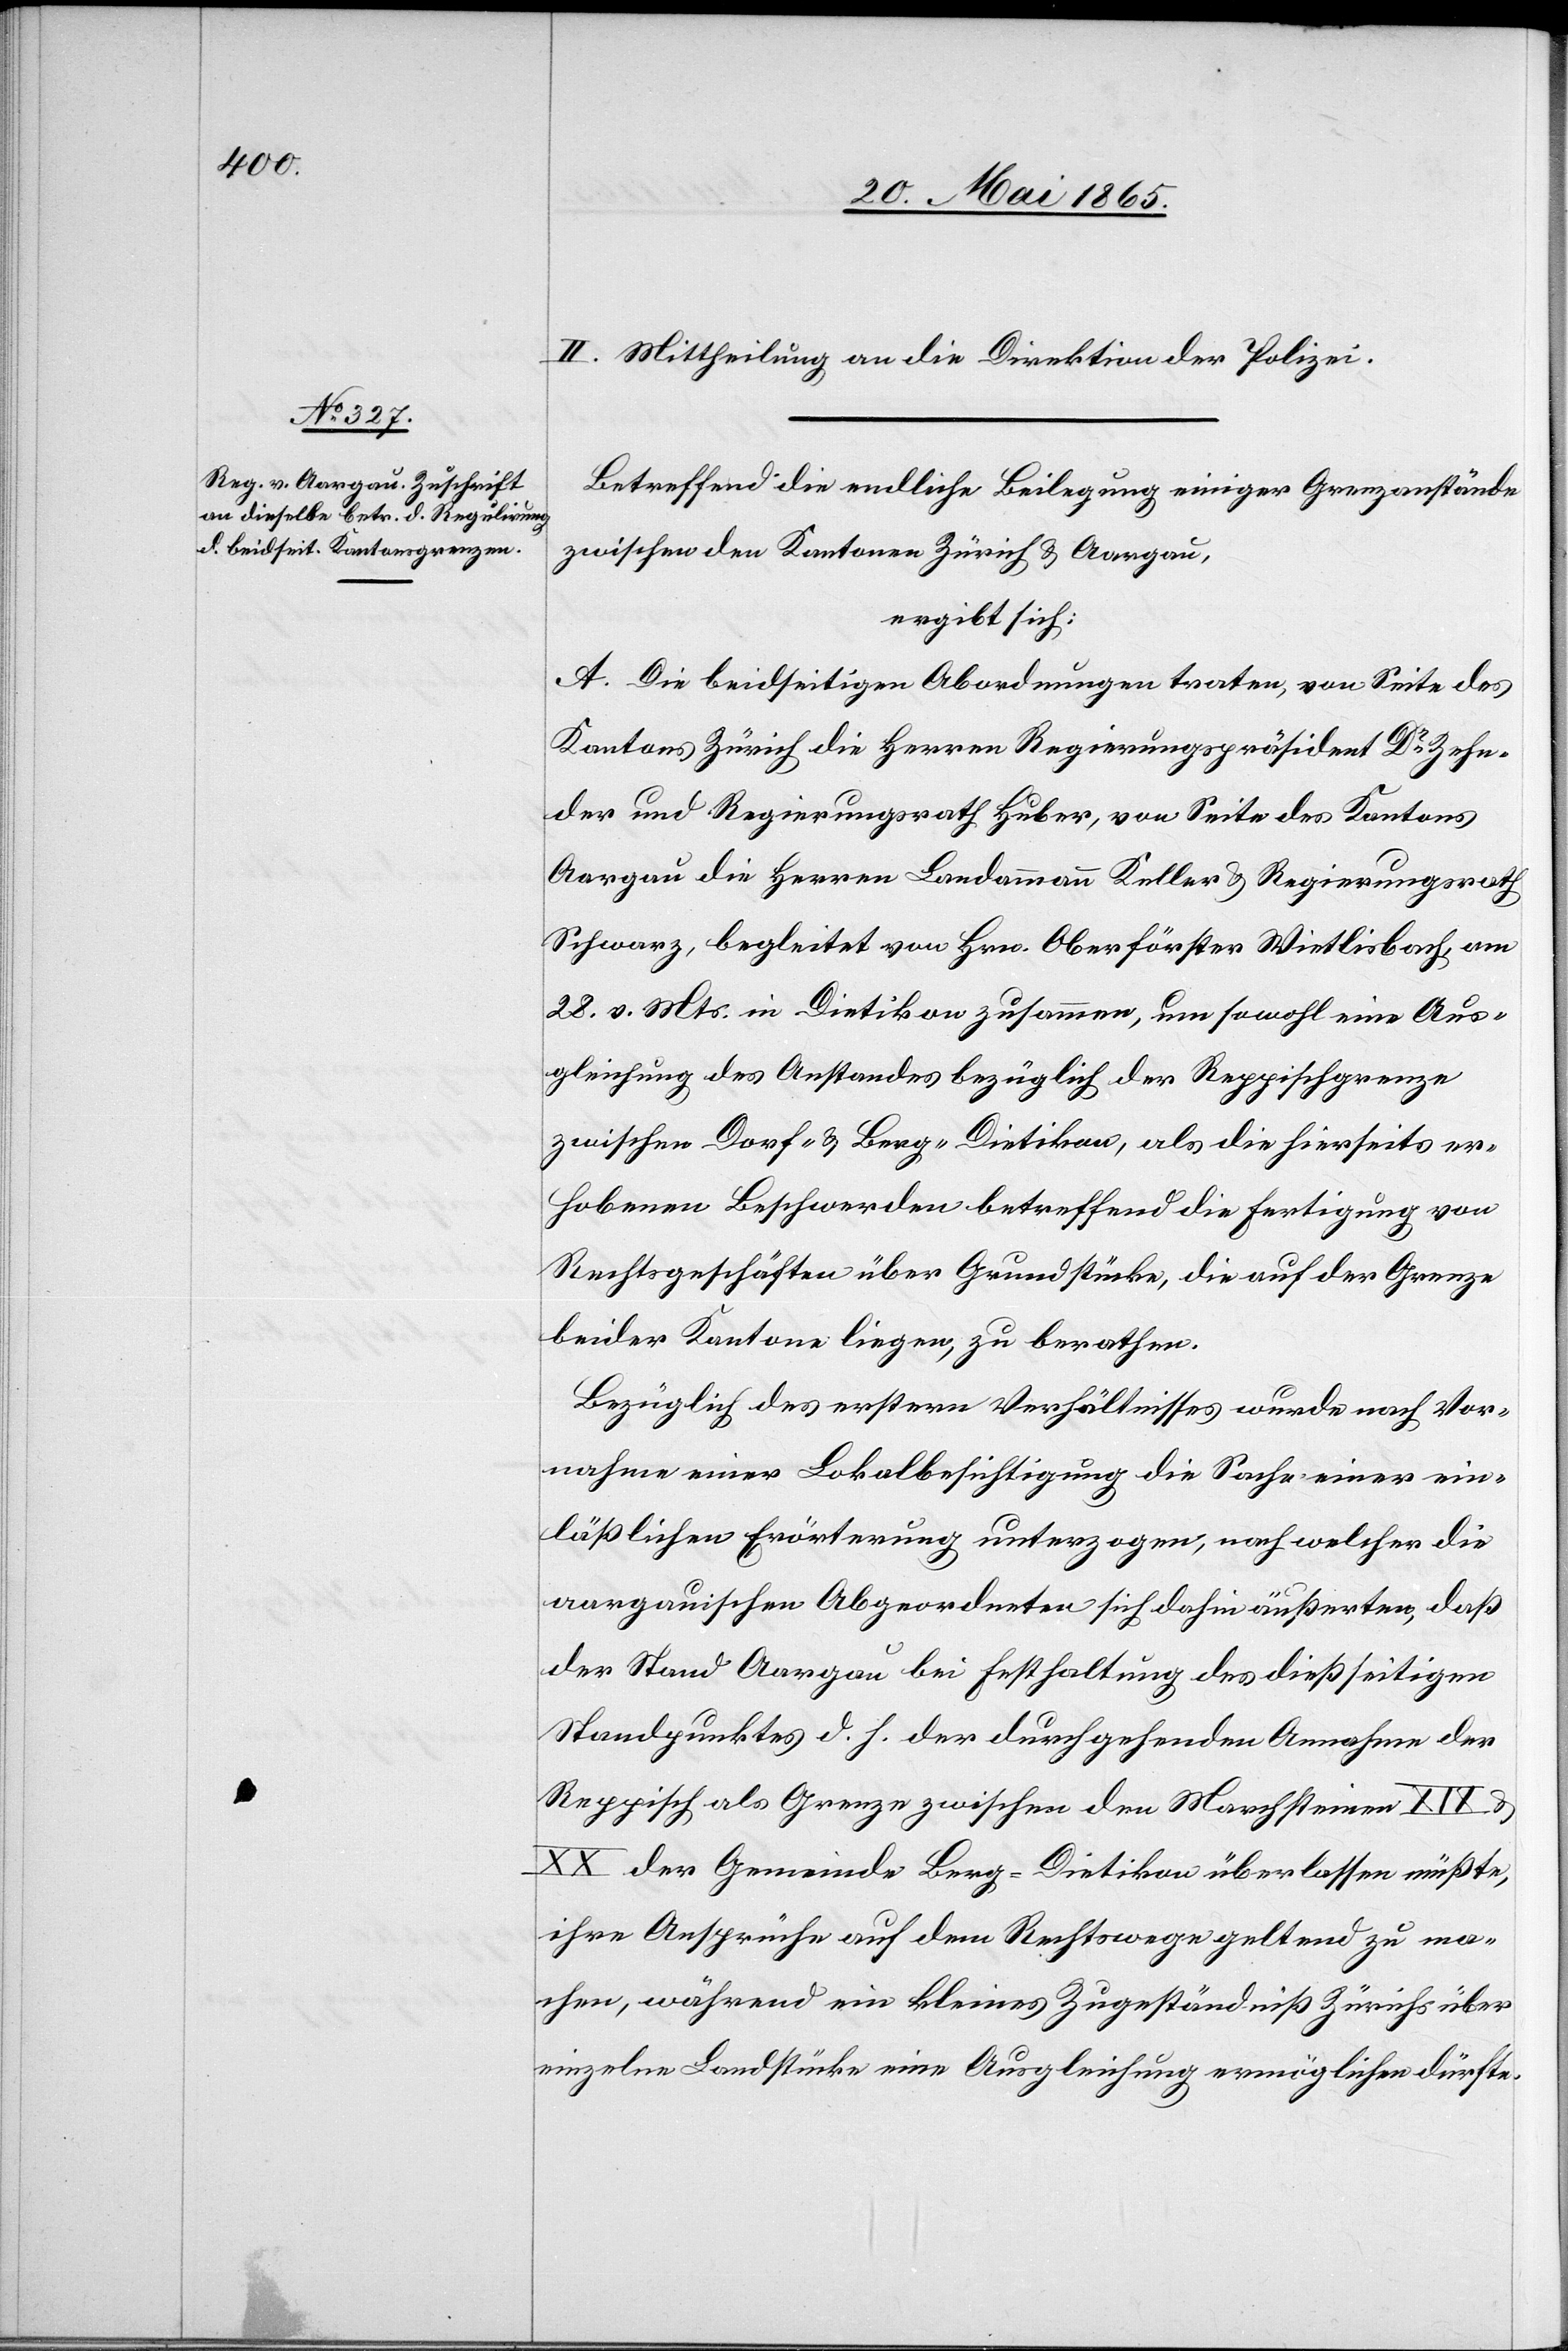
II. Mittheilung an die Direktion der Polizei.
Betreffend die endliche Beilegung einiger Grenzanstände
zwischen den Kantonen Zürich & Aargau,
ergibt sich:
A. Die beidseitigen Abordnungen traten, von Seite des
Kantons Zürich die Herren Regierungspräsident Dr Zehn¬
der und Regierungsrath Huber, von Seite des Kantons
Aargau die Herren Landammann Keller & Regierungsrath
Schwarz, begleitet von Hrn. Oberförster Wietlisbach, am
28. v. Mts. in Dietikon zusammen, um sowohl eine Aus¬
gleichung des Anstandes bezüglich der Reppischgrenze
zwischen Dorf- & Berg-Dietikon, als die hierseits er¬
hobenen Beschwerden betreffend die Fertigung von
Rechtsgeschäften über Grundstücke, die auf der Grenze
beider Kantone liegen, zu berathen.
Bezüglich des erstern Verhältnisses wurde nach Vor¬
nahme einer Lokalbesichtigung die Sache einer ein¬
läßlichen Erörterung unterzogen, nach welcher die
aargauischen Abgeordneten sich dahin äußerten, daß
der Stand Aargau bei Festhaltung des dießseitigen
Standpunktes d. h. der durchgehenden Annahme der
Reppisch als Grenze zwischen den Marchsteinen XIX &
XX der Gemeinde Berg-Dietikon überlassen müßte,
ihre Ansprüche auf dem Rechtswege geltend zu ma¬
chen, während ein kleines Zugeständniß Zürichs über
einzelne Landstücke eine Ausgleichung ermöglichen dürfte.